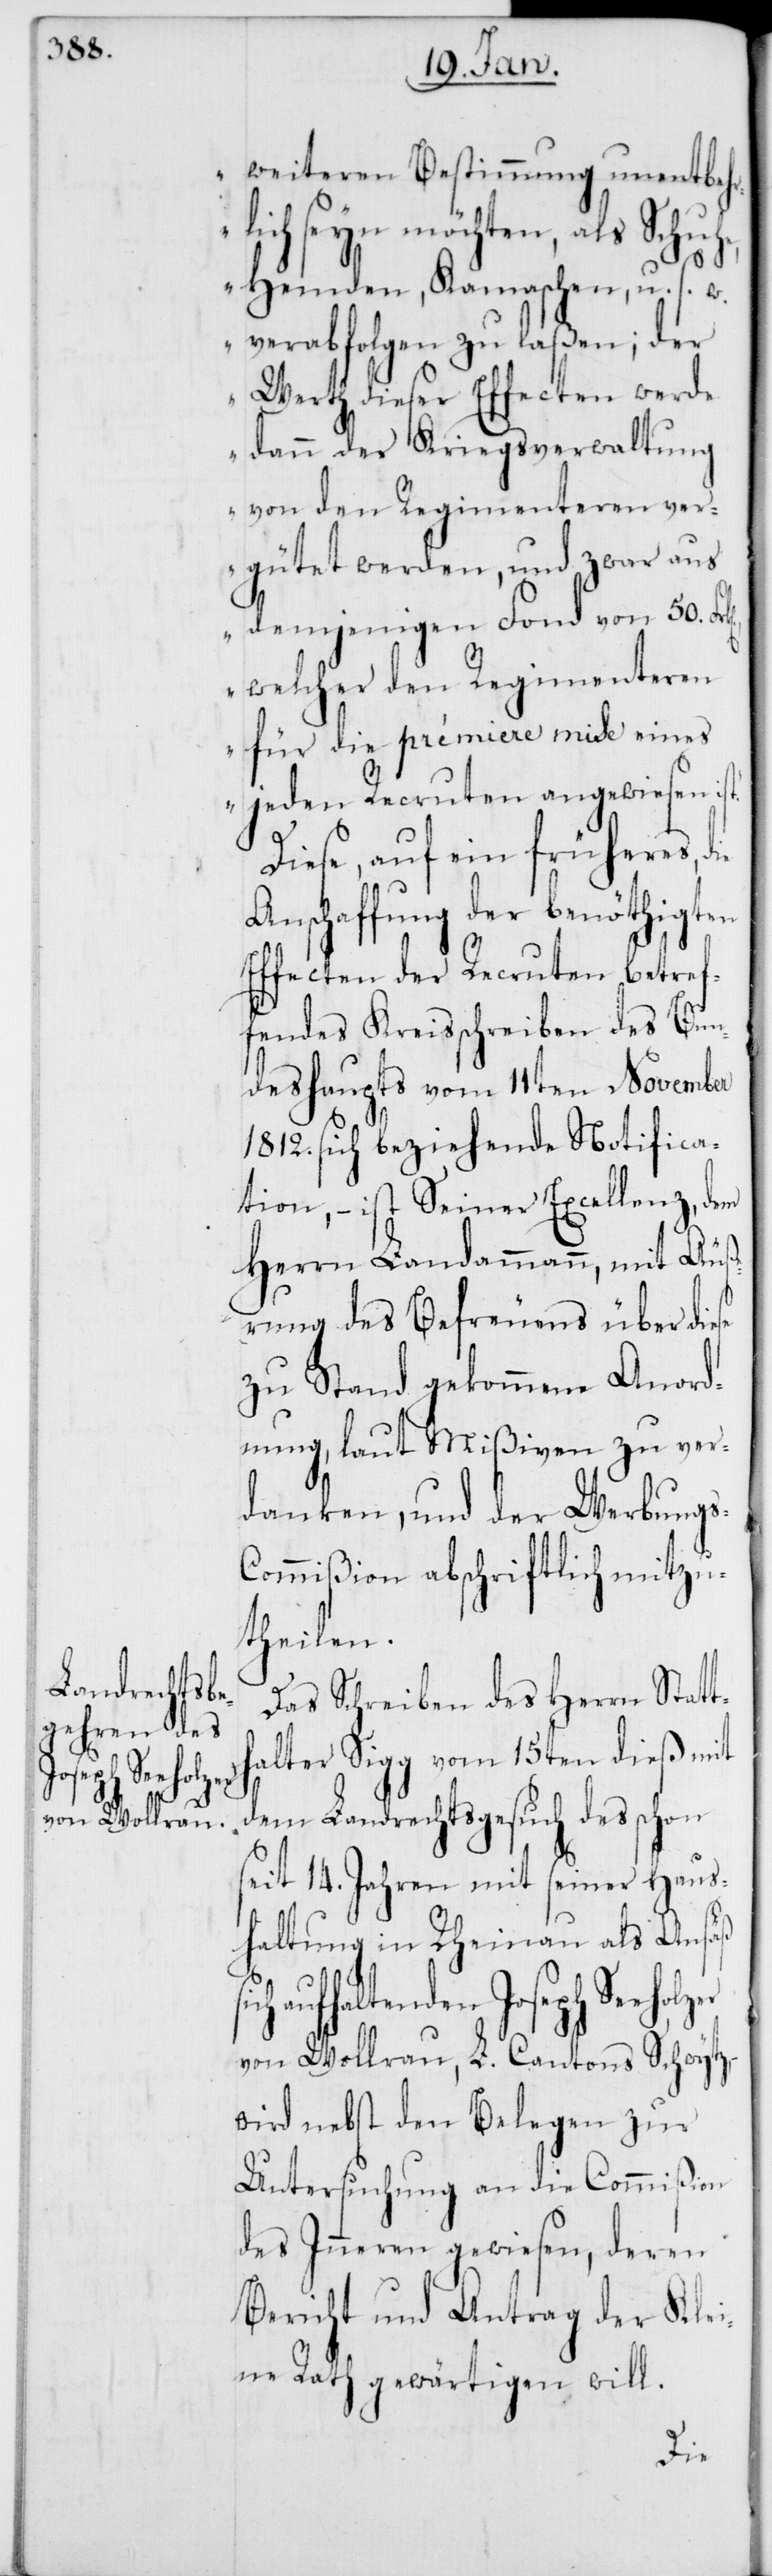
Joseph Seeholzer

s-C¬
weiteren Bestimmung unentbehr¬
lich seyn möchten, als Schu¬
Hemden, Kamaschen, u. s.
verabfolgen zu laßen; der
Werth dieser Effecten werde
dann der Kriegsverwaltung
n ver¬
von den Regiment¬
gütet werden, und zwar aus
demjenigen Fonds von 50. Fr¬
se¬
welcher den Regim¬
für die prémiere mise eines
jeden Recruten angewiesen
Diese, auf ein früheres,
Anschaffung der benöthigt¬
Effecten der Recruten betref¬
fendes Kreisschreiben des Bun¬
deshaupts vom 11ten November
1812. sich beziehende Notifica¬
tion, – ist Seiner Excellenz, dem
Herrn Landammann, mit Äuße¬
rung des Befreuens über die¬
zu Stand gekommene Anord¬
nung, laut Mißiven zu ver¬
danken, und der Werbung¬
ommißion abschriftlich mitzu¬
theilen.
Das Schreiben des Herrn Statt¬
halter Sigg vom 15ten dieß mit
dem Landrechtsgesuch des schon
it 14. Jahren mit seiner Haus¬
haltung in Rheinau als Ansäß
sich aufhaltenden
von Wollrau, L. Cantons Schwytz,
wird nebst den Belegen zur
Untersuchung an die Commißion
des Inneren gewiesen, deren
Bericht und Antrag der Klei¬
ne Rath gewärtigen will.
die